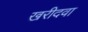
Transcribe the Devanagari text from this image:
खरीदवा